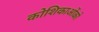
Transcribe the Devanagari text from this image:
कोशिकाओंको